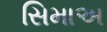
સિમાઅ